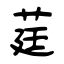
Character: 莛